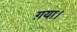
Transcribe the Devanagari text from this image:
ग़या।